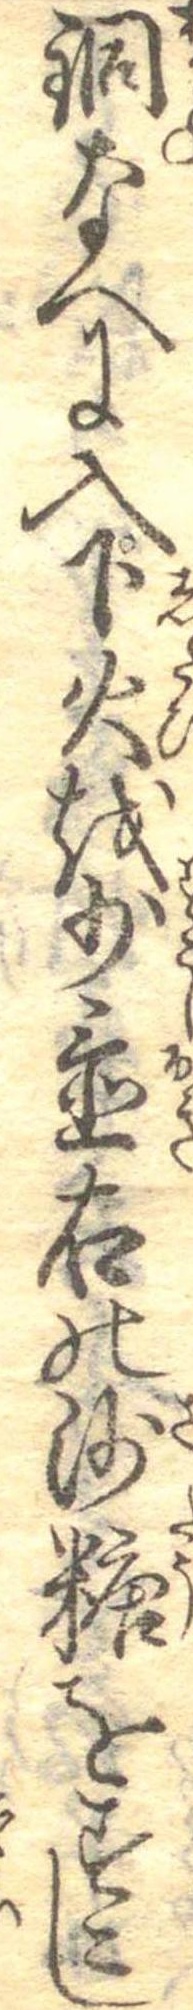
銅なへに入下火を少置右の沙糖をすこし